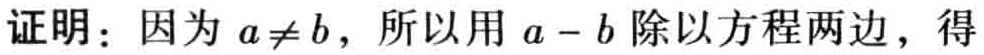
证明：因为 \(a\neq b\)，所以用 \(a - b\) 除以方程两边，得